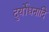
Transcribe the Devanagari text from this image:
दुर्योधनादि